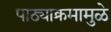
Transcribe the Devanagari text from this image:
पाठ्याक्रमामुळे